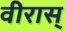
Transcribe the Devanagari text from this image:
वीरास्